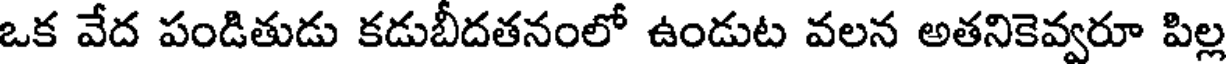
ఒక వేద పండితుడు కడుబీదతనంలో ఉండుట వలన అతనికెవ్వరూ పిల్ల